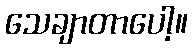
သေချာတာပေါ့။